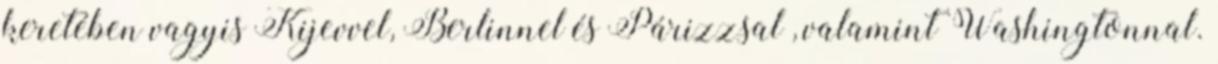
keretében vagyis Kijevvel, Berlinnel és Párizzsal , valamint Washingtonnal.